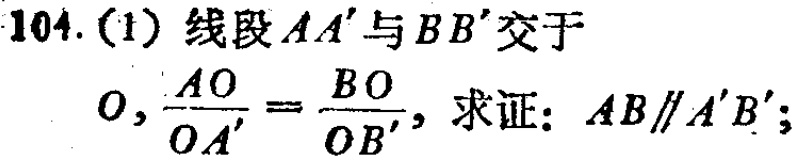
104. (1) 线段 \(AA'\) 与 \(BB'\) 交于 \(O\)，\(\frac{AO}{OA'}=\frac{BO}{OB'}\)，求证：\(AB\parallel A'B'\)；